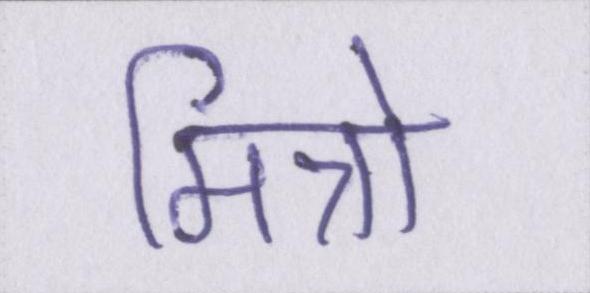
मित्रो